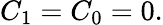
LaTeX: C_{1}=C_{0}=0.